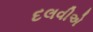
દલવીએ